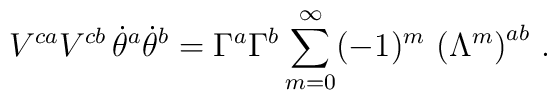
V^{ca}V^{cb}\,\dot\theta^a\dot\theta^b=\Gamma^a\Gamma^b\sum_{m=0}^\infty(-1)^m\,\left(\Lambda^m\right)^{ab}\,.